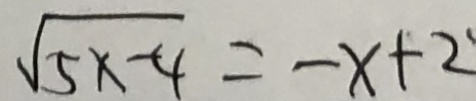
\sqrt { 5 x - 4 } = - x + 2